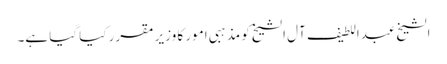
الشیخ عبداللطیف آل الشیخ کو مذہبی امور کا وزیر مقرر کیا گیا ہے۔